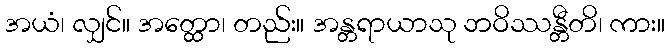
အယံ၊ လျှင်။ အတ္ထော၊ တည်း။ အန္တရာယာသု ဘဝိဿန္တီတိ၊ ကား။